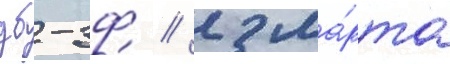
дб-3ф // 2 ма́рта